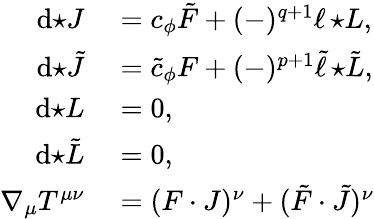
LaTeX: \begin{array}{rl}{\mathrm{d}{\star J}}&{{}=c_{\phi}\tilde{F}+(-)^{q+1}\ell\, {\star L},}\\ {\mathrm{d}{\star\tilde{J}}}&{{}=\tilde{c}_{\phi}F+(-)^{p+1}\tilde{\ell}\, {\star\tilde{L}},}\\ {\mathrm{d}{\star L}}&{{}=0,}\\ {\mathrm{d}{\star\tilde{L}}}&{{}=0,}\\ {\nabla_{\mu}T^{\mu\nu}}&{{}=(F\cdot J)^{\nu}+(\tilde{F}\cdot\tilde{J})^{\nu}}\end{array}